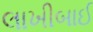
લાખીબાઈ